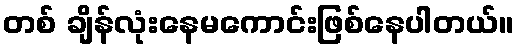
တစ် ချိန်လုံးနေမကောင်းဖြစ်နေပါတယ်။